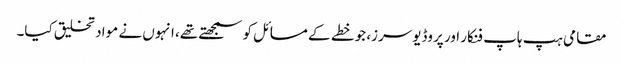
مقامی ہپ ہاپ فنکار اور پروڈیوسرز، جو خطے کے مسائل کو سمجھتے تھے، انہوں نے مواد تخلیق کیا۔